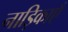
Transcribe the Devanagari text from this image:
नाड़िकाएँ